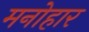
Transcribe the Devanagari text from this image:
मनोहार